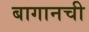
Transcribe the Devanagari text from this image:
बागानची